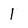
Character: 1